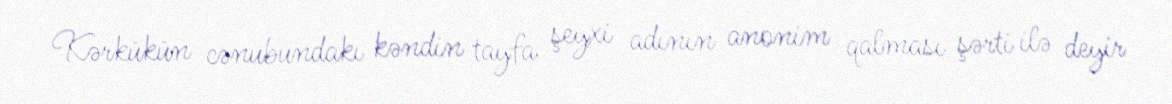
Kərkükün cənubundakı kəndin tayfa şeyxi adının anonim qalması şərti ilə deyir